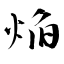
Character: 焔